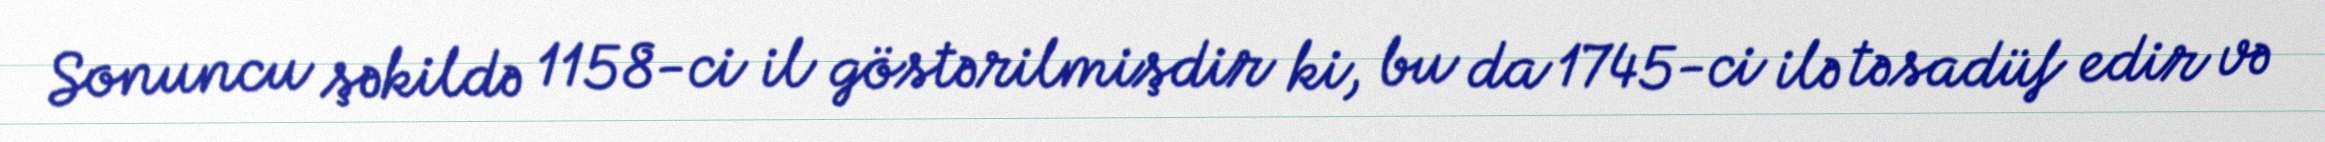
Sonuncu şəkildə 1158-ci il göstərilmişdir ki, bu da 1745-ci ilə təsadüf edir və